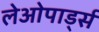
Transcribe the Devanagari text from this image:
लेओपार्ड्स